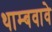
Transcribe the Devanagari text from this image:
थाम्बवावे